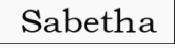
Sabetha